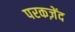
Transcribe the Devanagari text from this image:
परकज़ेंद